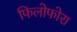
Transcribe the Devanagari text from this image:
फिलोफोरा